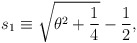
\begin{align*}s_1\equiv \sqrt{\theta^2 + \frac{1}{4}} - \frac{1}{2},\end{align*}